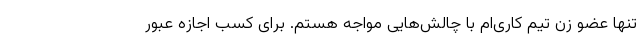
تنها عضو زن تیم کاری‌ام با چالش‌هایی مواجه هستم. برای کسب اجازه عبور